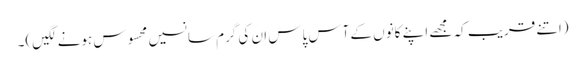
(اتنے قریب کہ مجھے اپنے کانوں کے آس پاس ان کی گرم سانسیں محسوس ہونے لگیں)۔